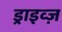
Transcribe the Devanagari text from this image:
ड्राइव्ज़